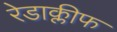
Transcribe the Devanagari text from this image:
रेडाक्लीफ